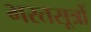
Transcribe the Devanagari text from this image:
भरतसूत्रों